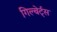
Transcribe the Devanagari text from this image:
गिल्बेर्ट्स